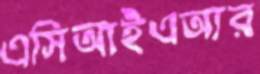
এসিআইএআর